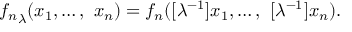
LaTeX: { f _ { n } } _ { \lambda } ( x _ { 1 } , \ldots , \ x _ { n } ) = f _ { n } ( [ \lambda ^ { - 1 } ] x _ { 1 } , \ldots , \ [ \lambda ^ { - 1 } ] x _ { n } ) .